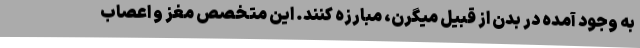
به وجود آمده در بدن از قبیل میگرن، مبارزه کنند. این متخصص مغز و اعصاب